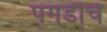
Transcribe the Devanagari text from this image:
पगडीचे